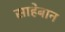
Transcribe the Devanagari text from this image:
साहेबान